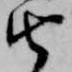
由